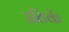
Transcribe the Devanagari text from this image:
उठिकें